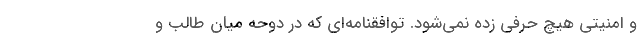
و امنيتي هيچ حرفي زده نمي‌شود. توافقنامه‌اي كه در دوحه ميان طالب و